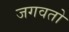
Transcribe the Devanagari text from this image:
जगवतो